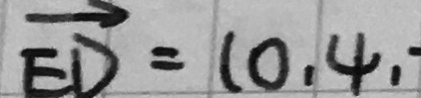
\overrightarrow { E D } = ( 0 , 4 ,